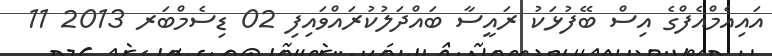
އައިއެމްއެފްގެ އިސް ބޭފުޅަކު ރައީސާ ބައްދަލުކުރައްވައިފި 02 ޑިސެމްބަރ 2013 11